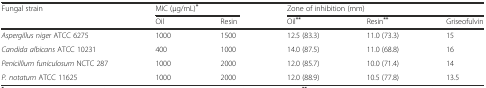
| Fungal strain | <COLSPAN=2> MIC (μg/mL)* | <COLSPAN=3> Zone of inhibition (mm) |
 |  | Oil | Resin | Oil** | Resin** | Griseofulvin |
 | --- | --- | --- | --- | --- | --- |
 | Aspergillus niger ATCC 6275 | 1000 | 1500 | 12.5 (83.3) | 11.0 (73.3) | 15 |
 | Candida albicans ATCC 10231 | 400 | 1000 | 14.0 (87.5) | 11.0 (68.8) | 16 |
 | Penicillium funiculosum NCTC 287 | 1000 | 2000 | 12.0 (85.7) | 10.0 (71.4) | 14 |
 | P. notatum ATCC 11625 | 1000 | 2000 | 12.0 (88.9) | 10.5 (77.8) | 13.5 |